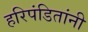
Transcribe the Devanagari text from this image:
हरिपंडितांनी